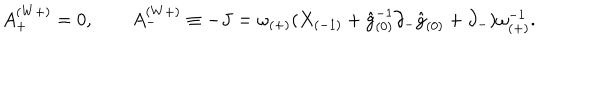
A _ { + } ^ { ( W + ) } = 0 , \qquad A _ { - } ^ { ( W + ) } \equiv - J = \omega _ { ( + ) } ( X _ { ( - 1 ) } + \hat { g } _ { ( 0 ) } ^ { - 1 } \partial _ { - } \hat { g } _ { ( 0 ) } + \partial _ { - } ) \omega _ { ( + ) } ^ { - 1 } .